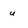
Character: u